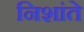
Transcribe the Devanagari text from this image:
निशांते